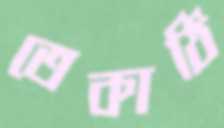
তেকাঠি